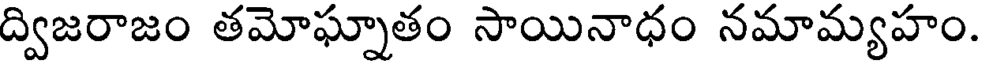
ద్విజరాజం తమోఘ్నాతం సాయినాధం నమామ్యహం.